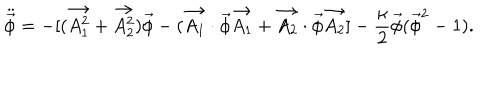
\ddot { \vec { \phi } } = - [ ( \vec { A _ { 1 } ^ { 2 } } + \vec { A _ { 2 } ^ { 2 } } ) \vec { \phi } - ( \vec { A _ { 1 } } \cdot \vec { \phi } \vec { A _ { 1 } } + \vec { A _ { 2 } } \cdot \vec { \phi } \vec { A _ { 2 } } ] - \frac { \kappa } { 2 } \vec { \phi } ( \vec { \phi } ^ { 2 } - 1 ) .